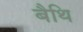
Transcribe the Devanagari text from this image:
बैथि